Medical and sanitary report of the native army of Madras for the year
Year: 1877
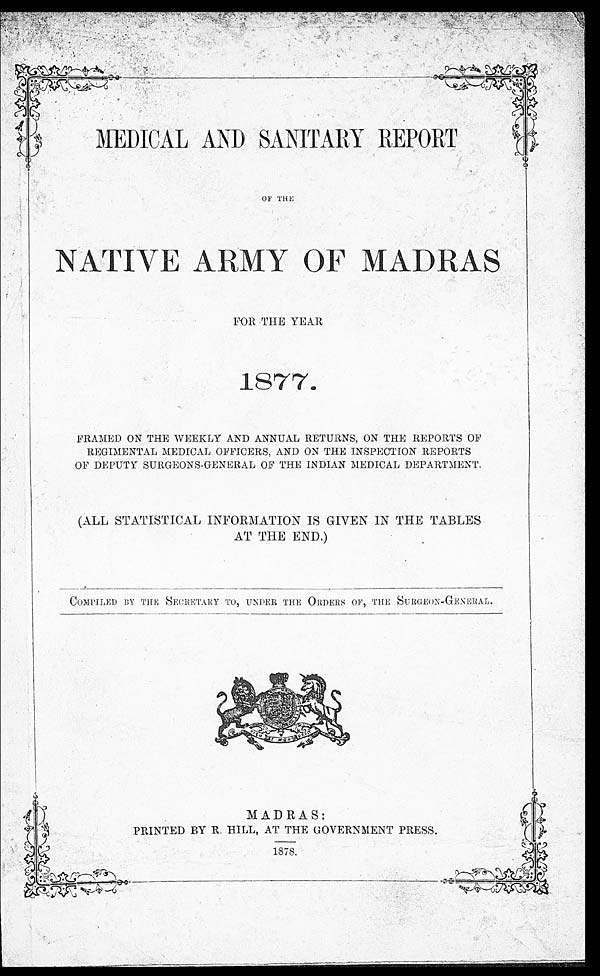
MEDICAL AND SANITARY REPORT
OF THE
NATIVE ARMY OF MADRAS_
8 7 7
FRAMED ON THE WEEKLY AND ANNUAL RETURNS, ON THE REPORTS OF
REGIMENTAL MEDICAL OFFICERS, AND ON THE INSPECTION REPORTS
OF DEPUTY SURGEONS-GENERAL OF THE INDIAN MEDICAL DEPARTMENT.
(ALL STATISTICAL INFORMATION IS GIVEN IN THE TABLES
AT THE END.)
COMPILED BY THE SECRETARY TO, UNDER THE ORDERS OF, THE SURGEON-GENERAL.
MADRAS:
PRINTED BY R. HILL, AT THE GOVERNMENT PRESS.
1878.